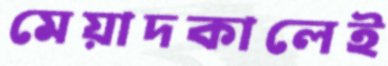
মেয়াদকালেই